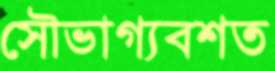
সৌভাগ্যবশত